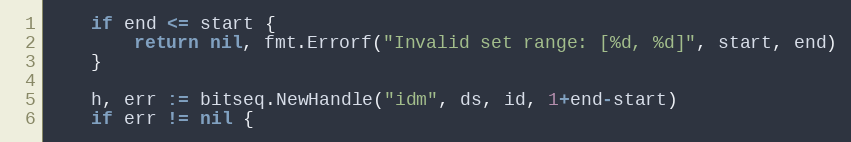
Language: Go
	if end <= start {
		return nil, fmt.Errorf("Invalid set range: [%d, %d]", start, end)
	}

	h, err := bitseq.NewHandle("idm", ds, id, 1+end-start)
	if err != nil {